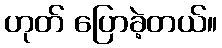
ဟုတ် ပြောခဲ့တယ်။